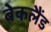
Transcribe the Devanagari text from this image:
बेकलैंड